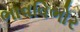
ભાવવિભોર